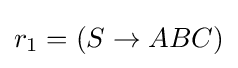
r_{1}=(S\to ABC)